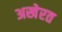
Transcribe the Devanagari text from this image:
अखेरत